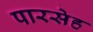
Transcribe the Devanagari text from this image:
पारसेह